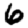
Digit: 6